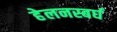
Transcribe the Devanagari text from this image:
हेलनस्बर्घ